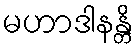
မဟာဒါနန္တိ